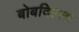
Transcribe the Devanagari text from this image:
बोबदिल्ला